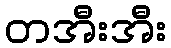
တအီးအီး